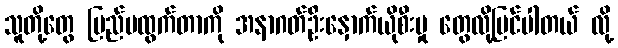
သူတို့တွေ ပြည်ပထွက်တာကို အနာဂတ်ဦးနှောက်ယိုစီးမှု တွေလို့မြင်ပါတယ် လို့